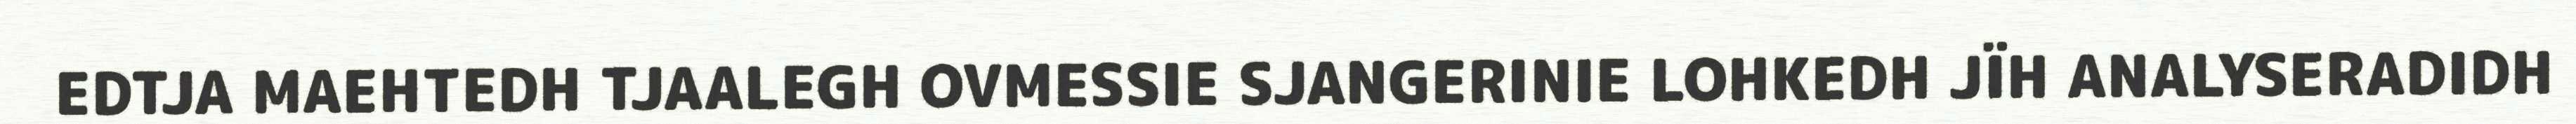
EDTJA MAEHTEDH TJAALEGH OVMESSIE SJANGERINIE LOHKEDH JÏH ANALYSERADIDH